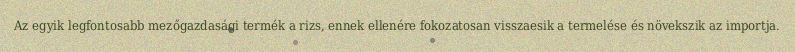
Az egyik legfontosabb mezőgazdasági termék a rizs, ennek ellenére fokozatosan visszaesik a termelése és növekszik az importja.